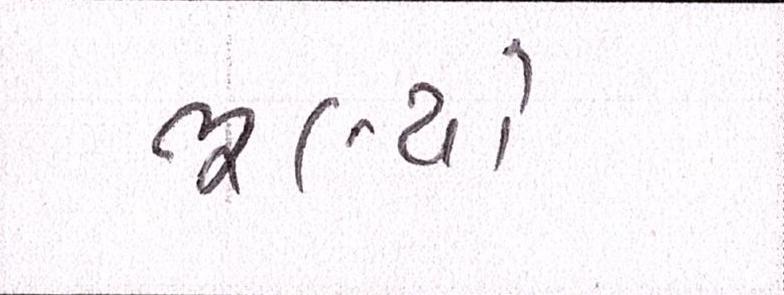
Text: ભૂલ્યો